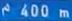
^2400m